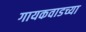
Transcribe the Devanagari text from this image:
गायकवाडच्या